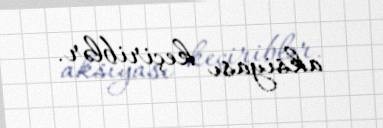
aksiyası keçiriblər.